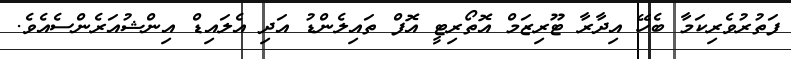
ފަތުރުވެރިކަމާ ބެހޭ އިދާރާ ޓޫރިޒަމް އޮތޯރިޓީ އޮފް ތައިލެންޑު އަދި އެލައިޑް އިންޝުއަރެންސެއެވެ.